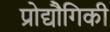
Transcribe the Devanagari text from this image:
प्रोद्यौेगिकी